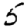
Digit: 5